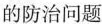
的防治问题